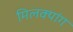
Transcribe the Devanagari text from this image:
मिलक्यांग